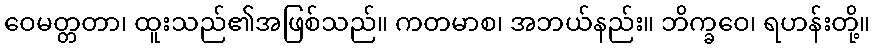
ဝေမတ္တတာ၊ ထူးသည်၏အဖြစ်သည်။ ကတမာစ၊ အဘယ်နည်း။ ဘိက္ခဝေ၊ ရဟန်းတို့။